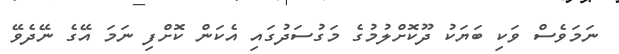
ނަމަވެސް ވަކި ބަޔަކު ދޫކޮށްލުމުގެ މަގުސަދުގައި އެކަން ކޮށްފި ނަމަ އޭގެ ނޭދެވޭ